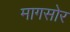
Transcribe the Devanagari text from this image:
मागसोर